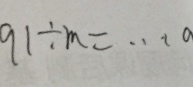
9 1 \div m = \cdots a